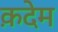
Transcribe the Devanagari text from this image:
क़देम